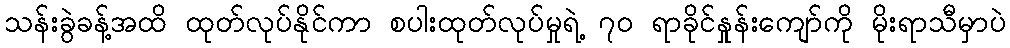
သန်းခွဲခန့်အထိ ထုတ်လုပ်နိုင်ကာ စပါးထုတ်လုပ်မှုရဲ့ ၇၀ ရာခိုင်နှုန်းကျော်ကို မိုးရာသီမှာပဲ